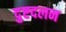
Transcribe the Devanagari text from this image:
दुष्टदलन